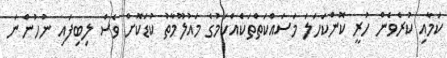
ކަމާއި ކުރެވެން ހުރީ ކޮންކަހަލަ މަސައްކަތްތަކެއްކަމުގެ މައުލޫމާތު ކުޑަކޮށް ވެސް ލިބިފައި ނުހުންނަ